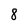
Character: 8